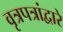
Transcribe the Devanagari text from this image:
वृत्रपत्रांद्वारे